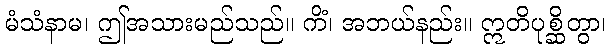
မံသံနာမ၊ ဤအသားမည်သည်။ ကိံ၊ အဘယ်နည်း။ ဣတိပုစ္ဆိတွာ၊